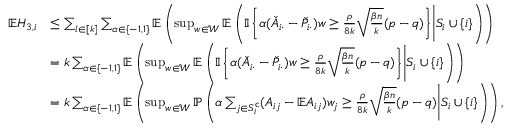
\begin{array} { r l } { \mathbb { E } H _ { 3 , i } } & { \leq \sum _ { l \in [ k ] } \sum _ { \alpha \in \{ - 1 , 1 \} } \mathbb { E } \left( \operatorname* { s u p } _ { w \in \mathcal { W } } \mathbb { E } \left( { \mathbb { I } \left\{ { \alpha ( \check { A } _ { i \cdot } - \check { P } _ { i \cdot } ) w \geq \frac { \rho } { 8 k } \sqrt { \frac { \beta n } { k } } ( p - q ) } \right\} } \Bigg | S _ { i } \cup \{ i \} \right) \right) } \\ & { = k \sum _ { \alpha \in \{ - 1 , 1 \} } \mathbb { E } \left( \operatorname* { s u p } _ { w \in \mathcal { W } } \mathbb { E } \left( { \mathbb { I } \left\{ { \alpha ( \check { A } _ { i \cdot } - \check { P } _ { i \cdot } ) w \geq \frac { \rho } { 8 k } \sqrt { \frac { \beta n } { k } } ( p - q ) } \right\} } \Bigg | S _ { i } \cup \{ i \} \right) \right) } \\ & { = k \sum _ { \alpha \in \{ - 1 , 1 \} } \mathbb { E } \left( \operatorname* { s u p } _ { w \in \mathcal { W } } \mathbb { P } \left( \alpha \sum _ { j \in S _ { i } ^ { \mathsf { c } } } ( A _ { i j } - \mathbb { E } A _ { i j } ) w _ { j } \geq \frac { \rho } { 8 k } \sqrt { \frac { \beta n } { k } } ( p - q ) \Bigg | S _ { i } \cup \{ i \} \right) \right) , } \end{array}